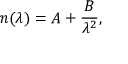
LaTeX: n ( \lambda ) = A + { \frac { B } { \lambda ^ { 2 } } } ,